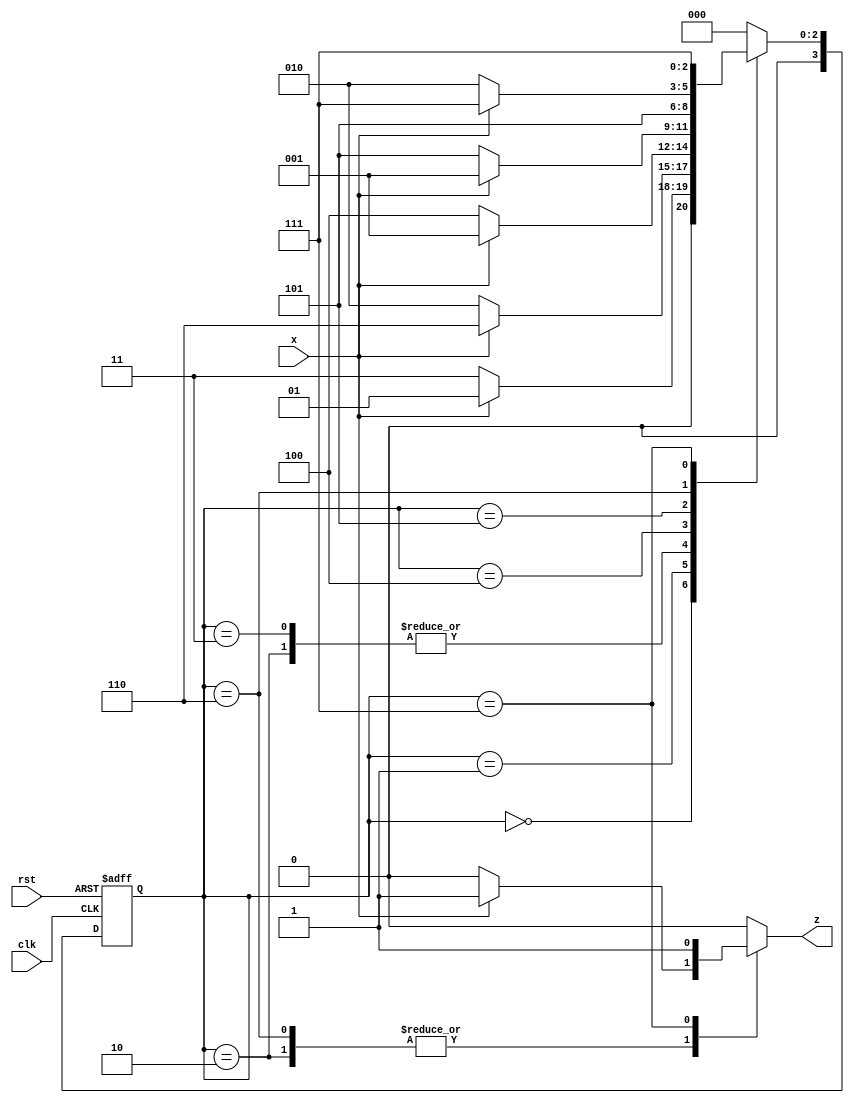
module mealyFSM (clk, rst, x, z);

    input clk;
    input rst;
    input x;
    output reg z;
	 
	 reg [3:0] temp_z;
    reg [3:0] current_state, next_state;
	 
    parameter S0 = 3'b000;
	 parameter S1 = 3'b001;
	 parameter S2 = 3'b010;
	 parameter S3 = 3'b011;
	 parameter S4 = 3'b100;
	 parameter S5 = 3'b101;
	 parameter S6 = 3'b110;
	 parameter S7 = 3'b111;
	 
    always@(posedge clk or posedge rst) 
	 begin
		if(rst)
			begin
				current_state <= S0;
			end
      else 
			begin
            current_state <= next_state;
			end
    end
    
    always@(current_state, x) begin
        case(current_state)
            S0:begin
                if(x == 1)
						begin
							next_state = S1;
							z = 0;
						end
                else
						begin
							next_state = S3;
							z = 0;
						end
            end
            S1:begin
                if(x == 1)
						begin
                    next_state = S6;
						  z = 0;
						end
                else
						begin
                    next_state = S2;
						  z = 0;
						end
            end
            S2:begin
                if(x == 1)
						begin
                    next_state = S1;
						  z = 1;
						end
                else
						begin
                    next_state = S4;
						  z = 0;
						end
            end
            S3:begin
                if(x == 1)
						begin
                    next_state = S1;
						  z = 0;
						end
                else
						begin
                    next_state = S4;
						  z = 0;
						end
            end
            S4:begin
                if(x == 1)
						begin
                    next_state = S1;
						  z = 0;
						end
                else
						begin
                    next_state = S5;
						  z = 0;
						end
            end				
            S5:begin
					next_state = S5;
					z = 0;
            end				
            S6:begin
                if(x == 1)
						begin
                    next_state = S7;
						  z = 1;
						end
                else
						begin
                    next_state = S2;
						  z = 0;
						end
            end				
            S7:begin
                next_state = S7;
					 z = 1;
            end				
				
				default:begin 
					next_state = S0;
					z = 0;
				end
				
        endcase
    end
    
        
endmodule